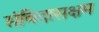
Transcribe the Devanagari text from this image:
संविदासक्षम